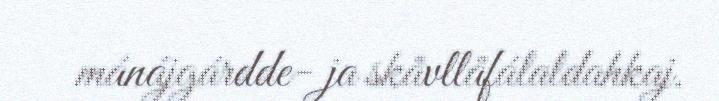
mánájgárdde- ja skåvllåfálaldahkaj.